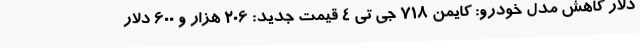
دلار کاهش مدل خودرو: کایمن 718 جی تی 4 قیمت جدید: 206 هزار و 600 دلار